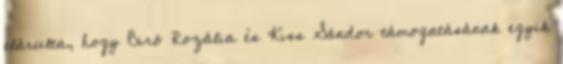
elárulta, hogy Biró Rozália és Kiss Sándor támogatásának egyik